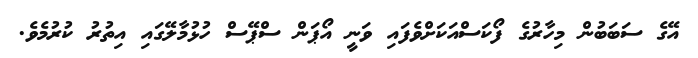
އޭގެ ސަބަބުން މިހާރުގެ ފޯކަސްއަކަށްވެފައި ވަނީ އޯޕަން ސްޕޭސް ހުޅުމާލޭގައި އިތުރު ކުރުމެވެ.